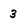
Character: 3